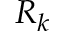
R _ { k }